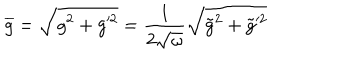
\overline { { { g } } } = \sqrt { g ^ { 2 } + g ^ { \prime 2 } } = \frac { 1 } { 2 \sqrt { \omega } } \sqrt { \tilde { g } ^ { 2 } + \tilde { g } ^ { \prime 2 } }